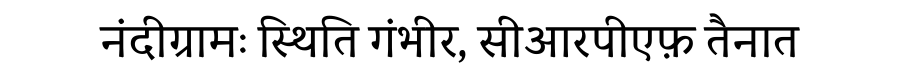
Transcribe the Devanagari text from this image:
नंदीग्रामः स्थिति गंभीर, सीआरपीएफ़ तैनात